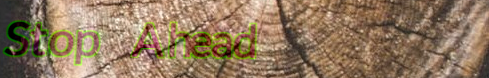
Stop Ahead